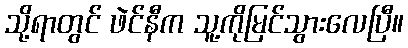
သို့ရာတွင် ဖဲင်နီက သူ့ကိုမြင်သွားလေပြီ။